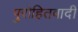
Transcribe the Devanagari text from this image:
पुरोहितवादी